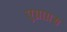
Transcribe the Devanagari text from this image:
एग्राग्रस